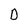
Character: D